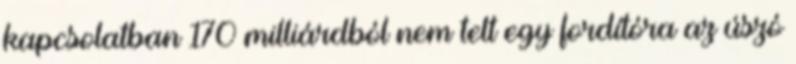
kapcsolatban 170 milliárdból nem telt egy fordítóra az úszó